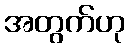
အတွက်ဟု